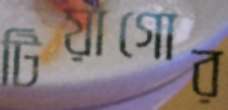
টিয়াগোর